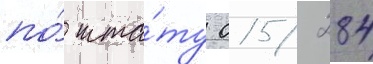
по́ шта́ту 015/ 284